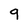
Character: 9